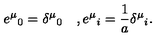
e ^ { \mu } { } _ { 0 } = \delta ^ { \mu } { } _ { 0 } \quad , e ^ { \mu } { } _ { i } = \frac { 1 } { a } \delta ^ { \mu } { } _ { i } .